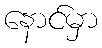
နောင်မှာ